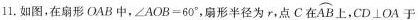
l1。如图。在扇形OAB中，$$∠ A O B = 6 0 °$$，扇形半径为r，点C在 \stackrel\frown{AB} 上，CD\perpOA于